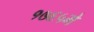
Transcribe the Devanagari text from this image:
१७६५मे